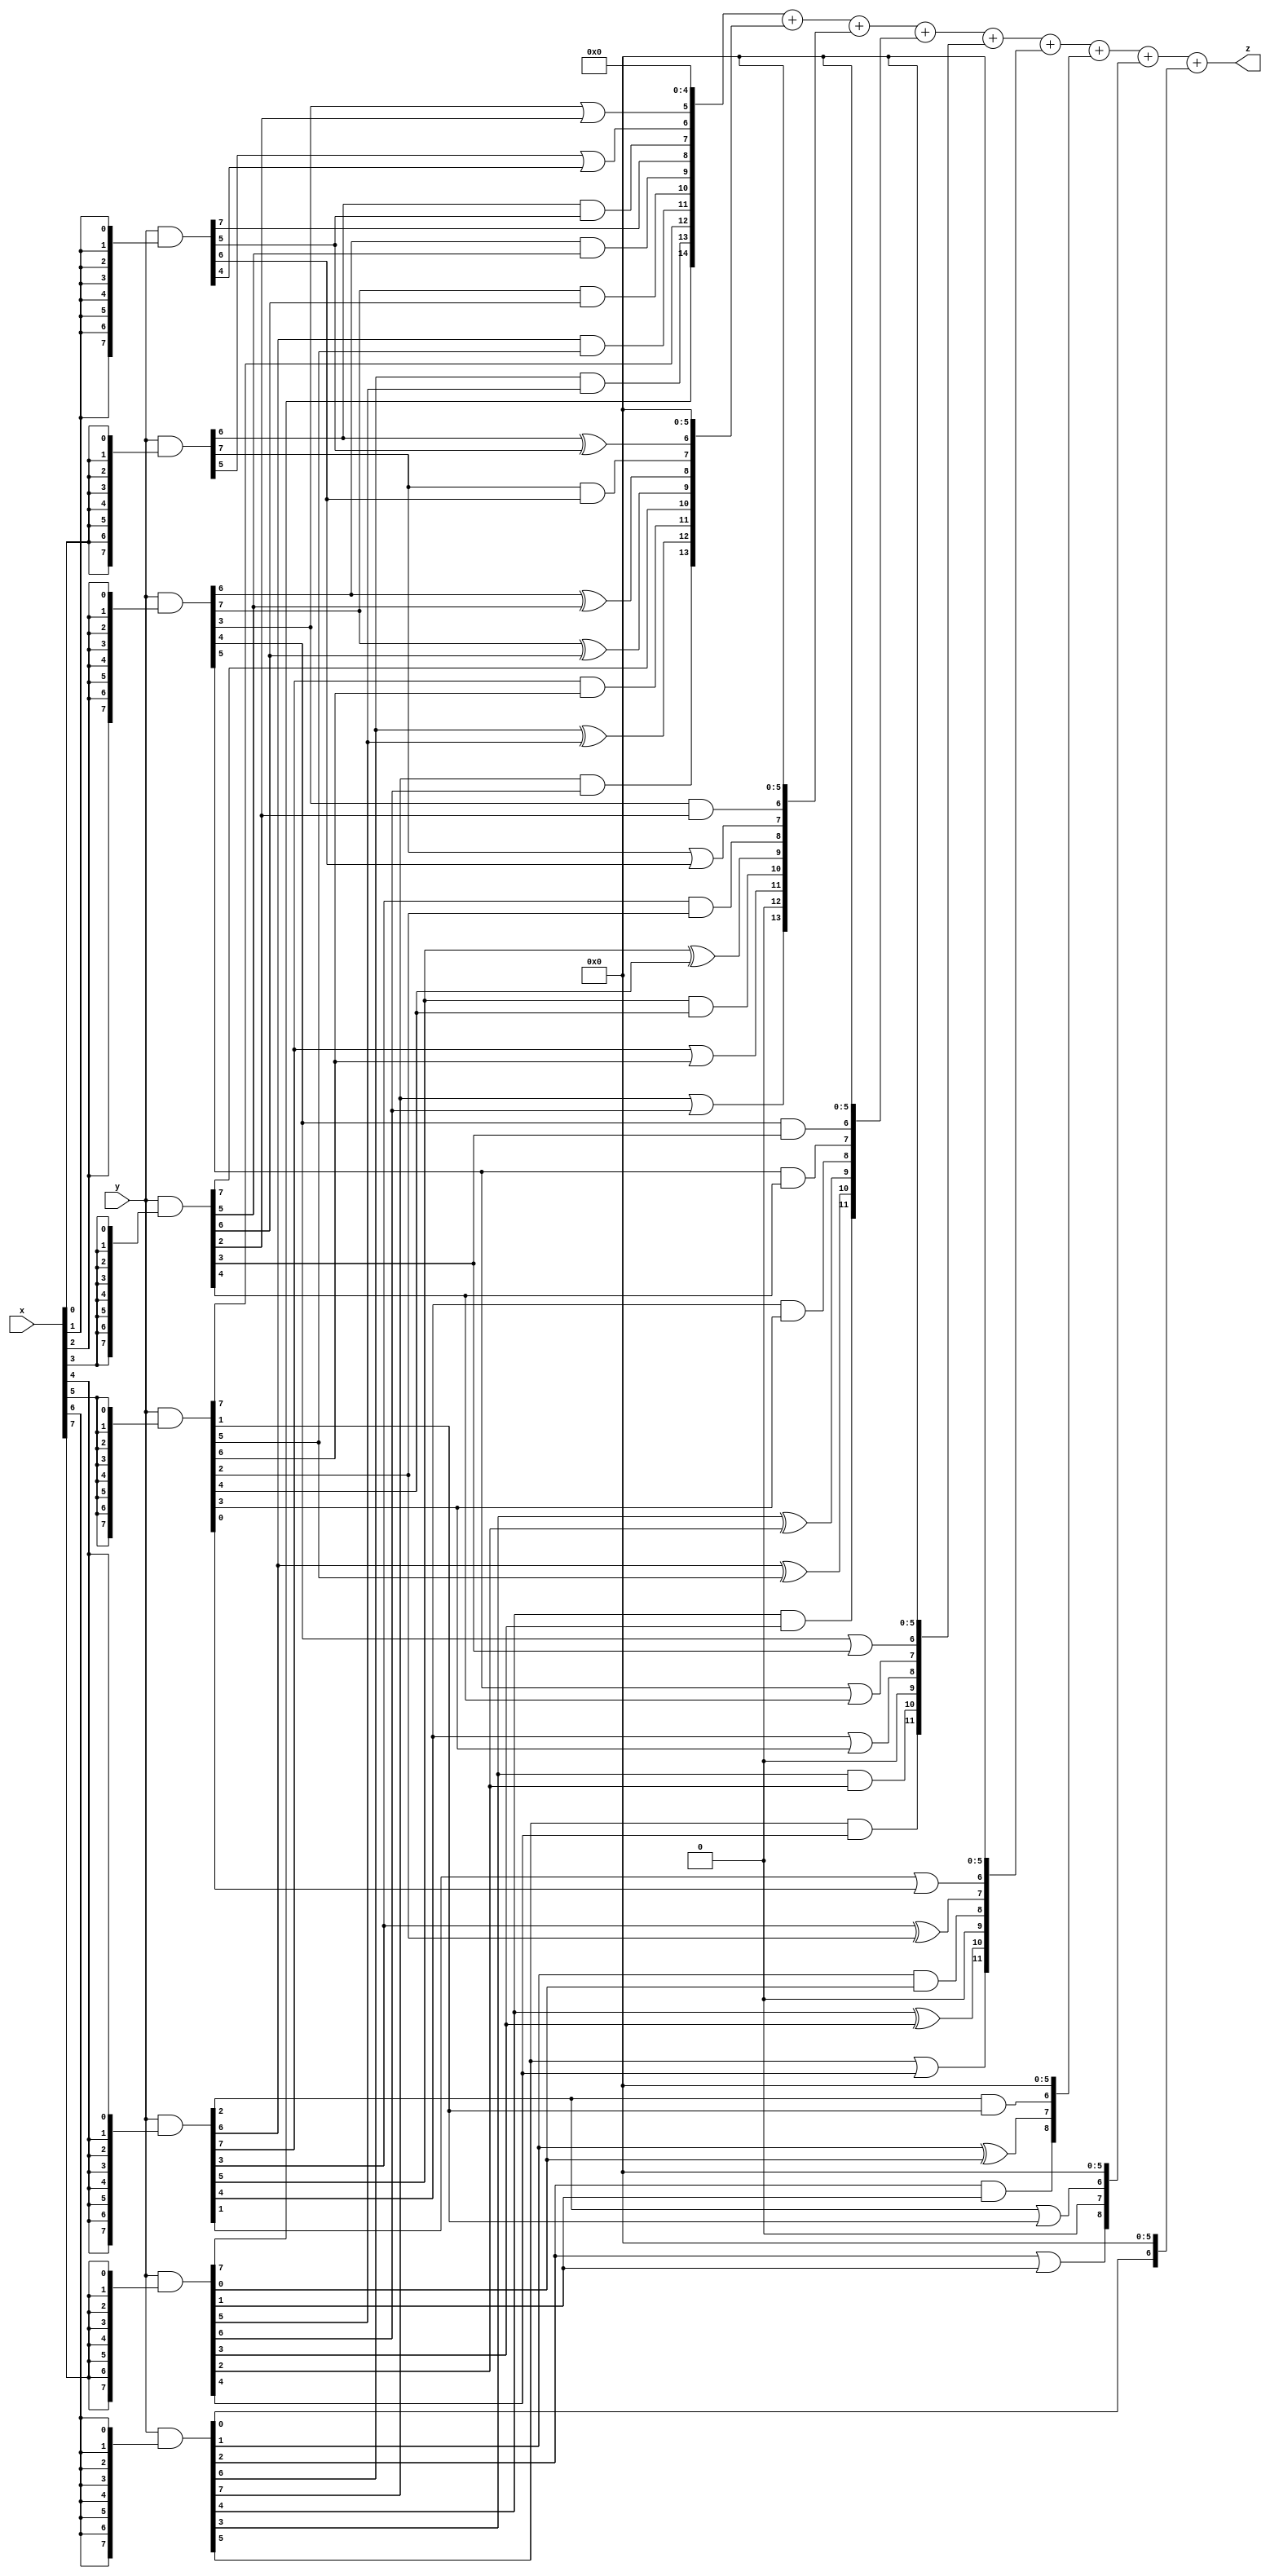
// terms: 47
// fval:  10149.25

module unsigned_8x8_l8_lamb200_7 (
	input [7:0] x,
	input [7:0] y,
	output [15:0] z
);


wire [7:0] part1 =  y & {8{x[0]}};
wire [7:0] part2 =  y & {8{x[1]}};
wire [7:0] part3 =  y & {8{x[2]}};
wire [7:0] part4 =  y & {8{x[3]}};
wire [7:0] part5 =  y & {8{x[4]}};
wire [7:0] part6 =  y & {8{x[5]}};
wire [7:0] part7 =  y & {8{x[6]}};
wire [7:0] part8 =  y & {8{x[7]}};

wire [14:0] new_part1;
assign new_part1[0] = 0;
assign new_part1[1] = 0;
assign new_part1[2] = 0;
assign new_part1[3] = 0;
assign new_part1[4] = 0;
assign new_part1[5] = part3[3] | part4[2];
assign new_part1[6] = part1[5] | part2[4];
assign new_part1[7] = part1[6] & part2[5];
assign new_part1[8] = part2[7];
assign new_part1[9] = part3[6] & part4[5];
assign new_part1[10] = part3[7] & part4[6];
assign new_part1[11] = part5[6] & part6[5];
assign new_part1[12] = part6[7];
assign new_part1[13] = part7[6] & part8[5];
assign new_part1[14] = part8[7];

wire [13:0] new_part2;
assign new_part2[0] = 0;
assign new_part2[1] = 0;
assign new_part2[2] = 0;
assign new_part2[3] = 0;
assign new_part2[4] = 0;
assign new_part2[5] = 0;
assign new_part2[6] = part1[6] ^ part2[5];
assign new_part2[7] = part1[7] & part2[6];
assign new_part2[8] = part3[6] ^ part4[5];
assign new_part2[9] = part3[7] ^ part4[6];
assign new_part2[10] = part4[7];
assign new_part2[11] = part5[7] & part6[6];
assign new_part2[12] = part7[6] ^ part8[5];
assign new_part2[13] = part7[7] & part8[6];

wire [13:0] new_part3;
assign new_part3[0] = 0;
assign new_part3[1] = 0;
assign new_part3[2] = 0;
assign new_part3[3] = 0;
assign new_part3[4] = 0;
assign new_part3[5] = 0;
assign new_part3[6] = part3[3] & part4[2];
assign new_part3[7] = part1[7] | part2[6];
assign new_part3[8] = part5[3] & part6[2];
assign new_part3[9] = part5[5] ^ part6[4];
assign new_part3[10] = part5[5] & part6[4];
assign new_part3[11] = part5[7] | part6[6];
assign new_part3[12] = 0;
assign new_part3[13] = part7[7] | part8[6];

wire [11:0] new_part4;
assign new_part4[0] = 0;
assign new_part4[1] = 0;
assign new_part4[2] = 0;
assign new_part4[3] = 0;
assign new_part4[4] = 0;
assign new_part4[5] = 0;
assign new_part4[6] = part3[4] & part4[3];
assign new_part4[7] = part3[5] & part4[4];
assign new_part4[8] = part5[4] & part6[3];
assign new_part4[9] = part7[3] ^ part8[2];
assign new_part4[10] = part5[6] ^ part6[5];
assign new_part4[11] = part7[4] & part8[3];

wire [11:0] new_part5;
assign new_part5[0] = 0;
assign new_part5[1] = 0;
assign new_part5[2] = 0;
assign new_part5[3] = 0;
assign new_part5[4] = 0;
assign new_part5[5] = 0;
assign new_part5[6] = part3[4] | part4[3];
assign new_part5[7] = part3[5] | part4[4];
assign new_part5[8] = part5[4] | part6[3];
assign new_part5[9] = 0;
assign new_part5[10] = part7[3] & part8[2];
assign new_part5[11] = part7[5] & part8[4];

wire [11:0] new_part6;
assign new_part6[0] = 0;
assign new_part6[1] = 0;
assign new_part6[2] = 0;
assign new_part6[3] = 0;
assign new_part6[4] = 0;
assign new_part6[5] = 0;
assign new_part6[6] = part5[1] | part6[0];
assign new_part6[7] = part5[3] ^ part6[2];
assign new_part6[8] = part7[1] & part8[0];
assign new_part6[9] = 0;
assign new_part6[10] = part7[4] ^ part8[3];
assign new_part6[11] = part7[5] | part8[4];

wire [8:0] new_part7;
assign new_part7[0] = 0;
assign new_part7[1] = 0;
assign new_part7[2] = 0;
assign new_part7[3] = 0;
assign new_part7[4] = 0;
assign new_part7[5] = 0;
assign new_part7[6] = part5[2] & part6[1];
assign new_part7[7] = part7[1] ^ part8[0];
assign new_part7[8] = part7[2] & part8[1];

wire [8:0] new_part8;
assign new_part8[0] = 0;
assign new_part8[1] = 0;
assign new_part8[2] = 0;
assign new_part8[3] = 0;
assign new_part8[4] = 0;
assign new_part8[5] = 0;
assign new_part8[6] = part5[2] | part6[1];
assign new_part8[7] = 0;
assign new_part8[8] = part7[2] | part8[1];

wire [6:0] new_part9;
assign new_part9[0] = 0;
assign new_part9[1] = 0;
assign new_part9[2] = 0;
assign new_part9[3] = 0;
assign new_part9[4] = 0;
assign new_part9[5] = 0;
assign new_part9[6] = part7[0];

assign z = new_part1 + new_part2 + new_part3 + new_part4 + new_part5 + new_part6 + new_part7 + new_part8 + new_part9;
endmodule